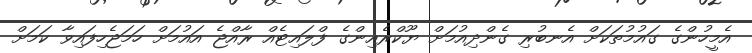
އެމީހުންގެ ގައުމުތަކަށް އެނބުރި ގެންދިއުމަށް ޔޫކްރެއިންގެ ފްލައިޓެއް ރާއްޖެ އައުމަށް ހަމަޖެހިފައިވާ ކަމަށް